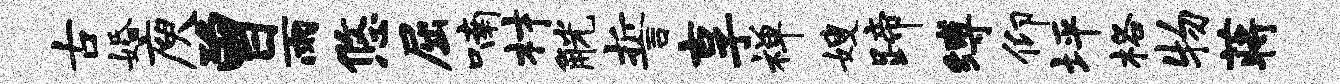
古婚庾曾雨悠屈喃材觥誓享禅嫂蹄缚仰坪格物蒋